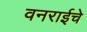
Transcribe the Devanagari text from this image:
वनराईचे